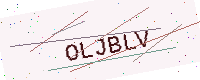
Text: OLJBLV